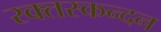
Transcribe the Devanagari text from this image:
रक्तस्कन्दन